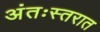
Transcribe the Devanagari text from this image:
अंतःस्तरात